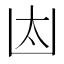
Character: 𠚀